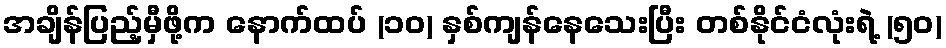
အချိန်ပြည့်မှီဖို့က နောက်ထပ် (၁၀) နှစ်ကျန်နေသေးပြီး တစ်နိုင်ငံလုံးရဲ့ (၅၀)